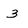
Character: 3